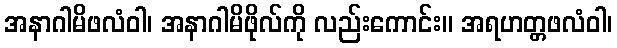
အနာဂါမိဖလံဝါ၊ အနာဂါမိဖိုလ်ကို လည်းကောင်း။ အရဟတ္တဖလံဝါ၊